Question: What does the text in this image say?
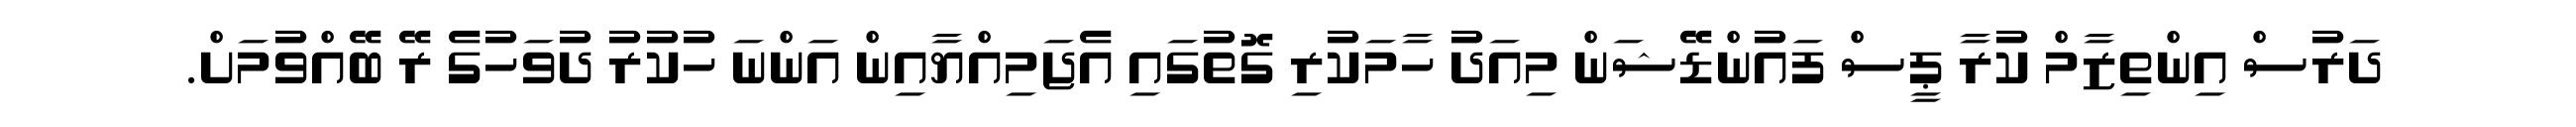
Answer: ދަރުސް އިންތިޒާމް ކުރާ ޕީސް ފައުންޑޭޝަން މިއަދު ހާމަކުރި ގޮތުގައި އެޖަމިއްޔާއިން އަންނަ ހުކުރު ދުވަހުގެ ރޭ ބޭއްވުމަށް.